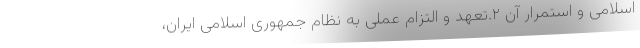
اسلامی و استمرار آن ۲.تعهد و التزام عملی به نظام جمهوری اسلامی ایران،